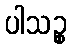
ပါသဉ္စ